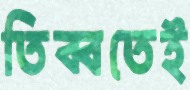
তিব্বতেই